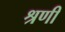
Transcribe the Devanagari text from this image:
श्रणी